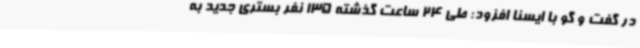
در گفت و گو با ایسنا افزود: طی 24 ساعت گذشته 135 نفر بستری جدید به